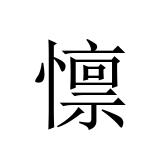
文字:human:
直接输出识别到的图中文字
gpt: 懔